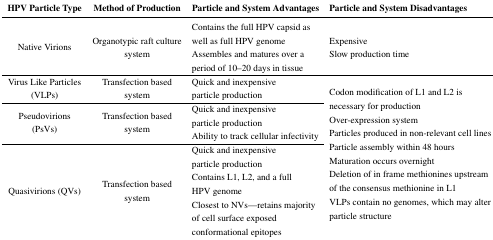
| HPV Particle Type | Method of Production | Particle and System Advantages | Particle and System Disadvantages |
 | --- | --- | --- | --- |
 | Native Virions | Organotypic raft culture system | Contains the full HPV capsid as well as full HPV genomeAssembles and matures over a period of 10–20 days in tissue | ExpensiveSlow production time |
 | Virus Like Particles (VLPs) | Transfection based system | Quick and inexpensive particle production | <ROWSPAN=3> Codon modification of L1 and L2 is necessary for productionOver-expression systemParticles produced in non-relevant cell linesParticle assembly within 48 hoursMaturation occurs overnightDeletion of in frame methionines upstream of the consensus methionine in L1VLPs contain no genomes, which may alter particle structure |
 | Pseudovirions (PsVs) | Transfection based system | Quick and inexpensive particle productionAbility to track cellular infectivity |
 | Quasivirions (QVs) | Transfection based system | Quick and inexpensive particle productionContains L1, L2, and a full HPV genomeClosest to NVs—retains majority of cell surface exposed conformational epitopes |